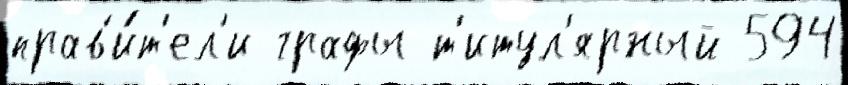
прав'и́т'ел'и графы т'итул'ярный 594